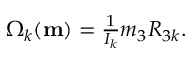
\begin{array} { r } { \Omega _ { k } ( { \bf m } ) = \frac { 1 } { I _ { k } } m _ { 3 } R _ { 3 k } . } \end{array}